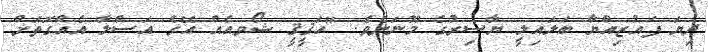
ދިޔަ ފައުޒިއްޔާ ބަލައިލީ ޔާސިރުގެ މޫނަށެވެ. "ޙަޤީޤީ ޝޯވއެއް އޭގެ އަސްލާ އެއްގޮތަށް